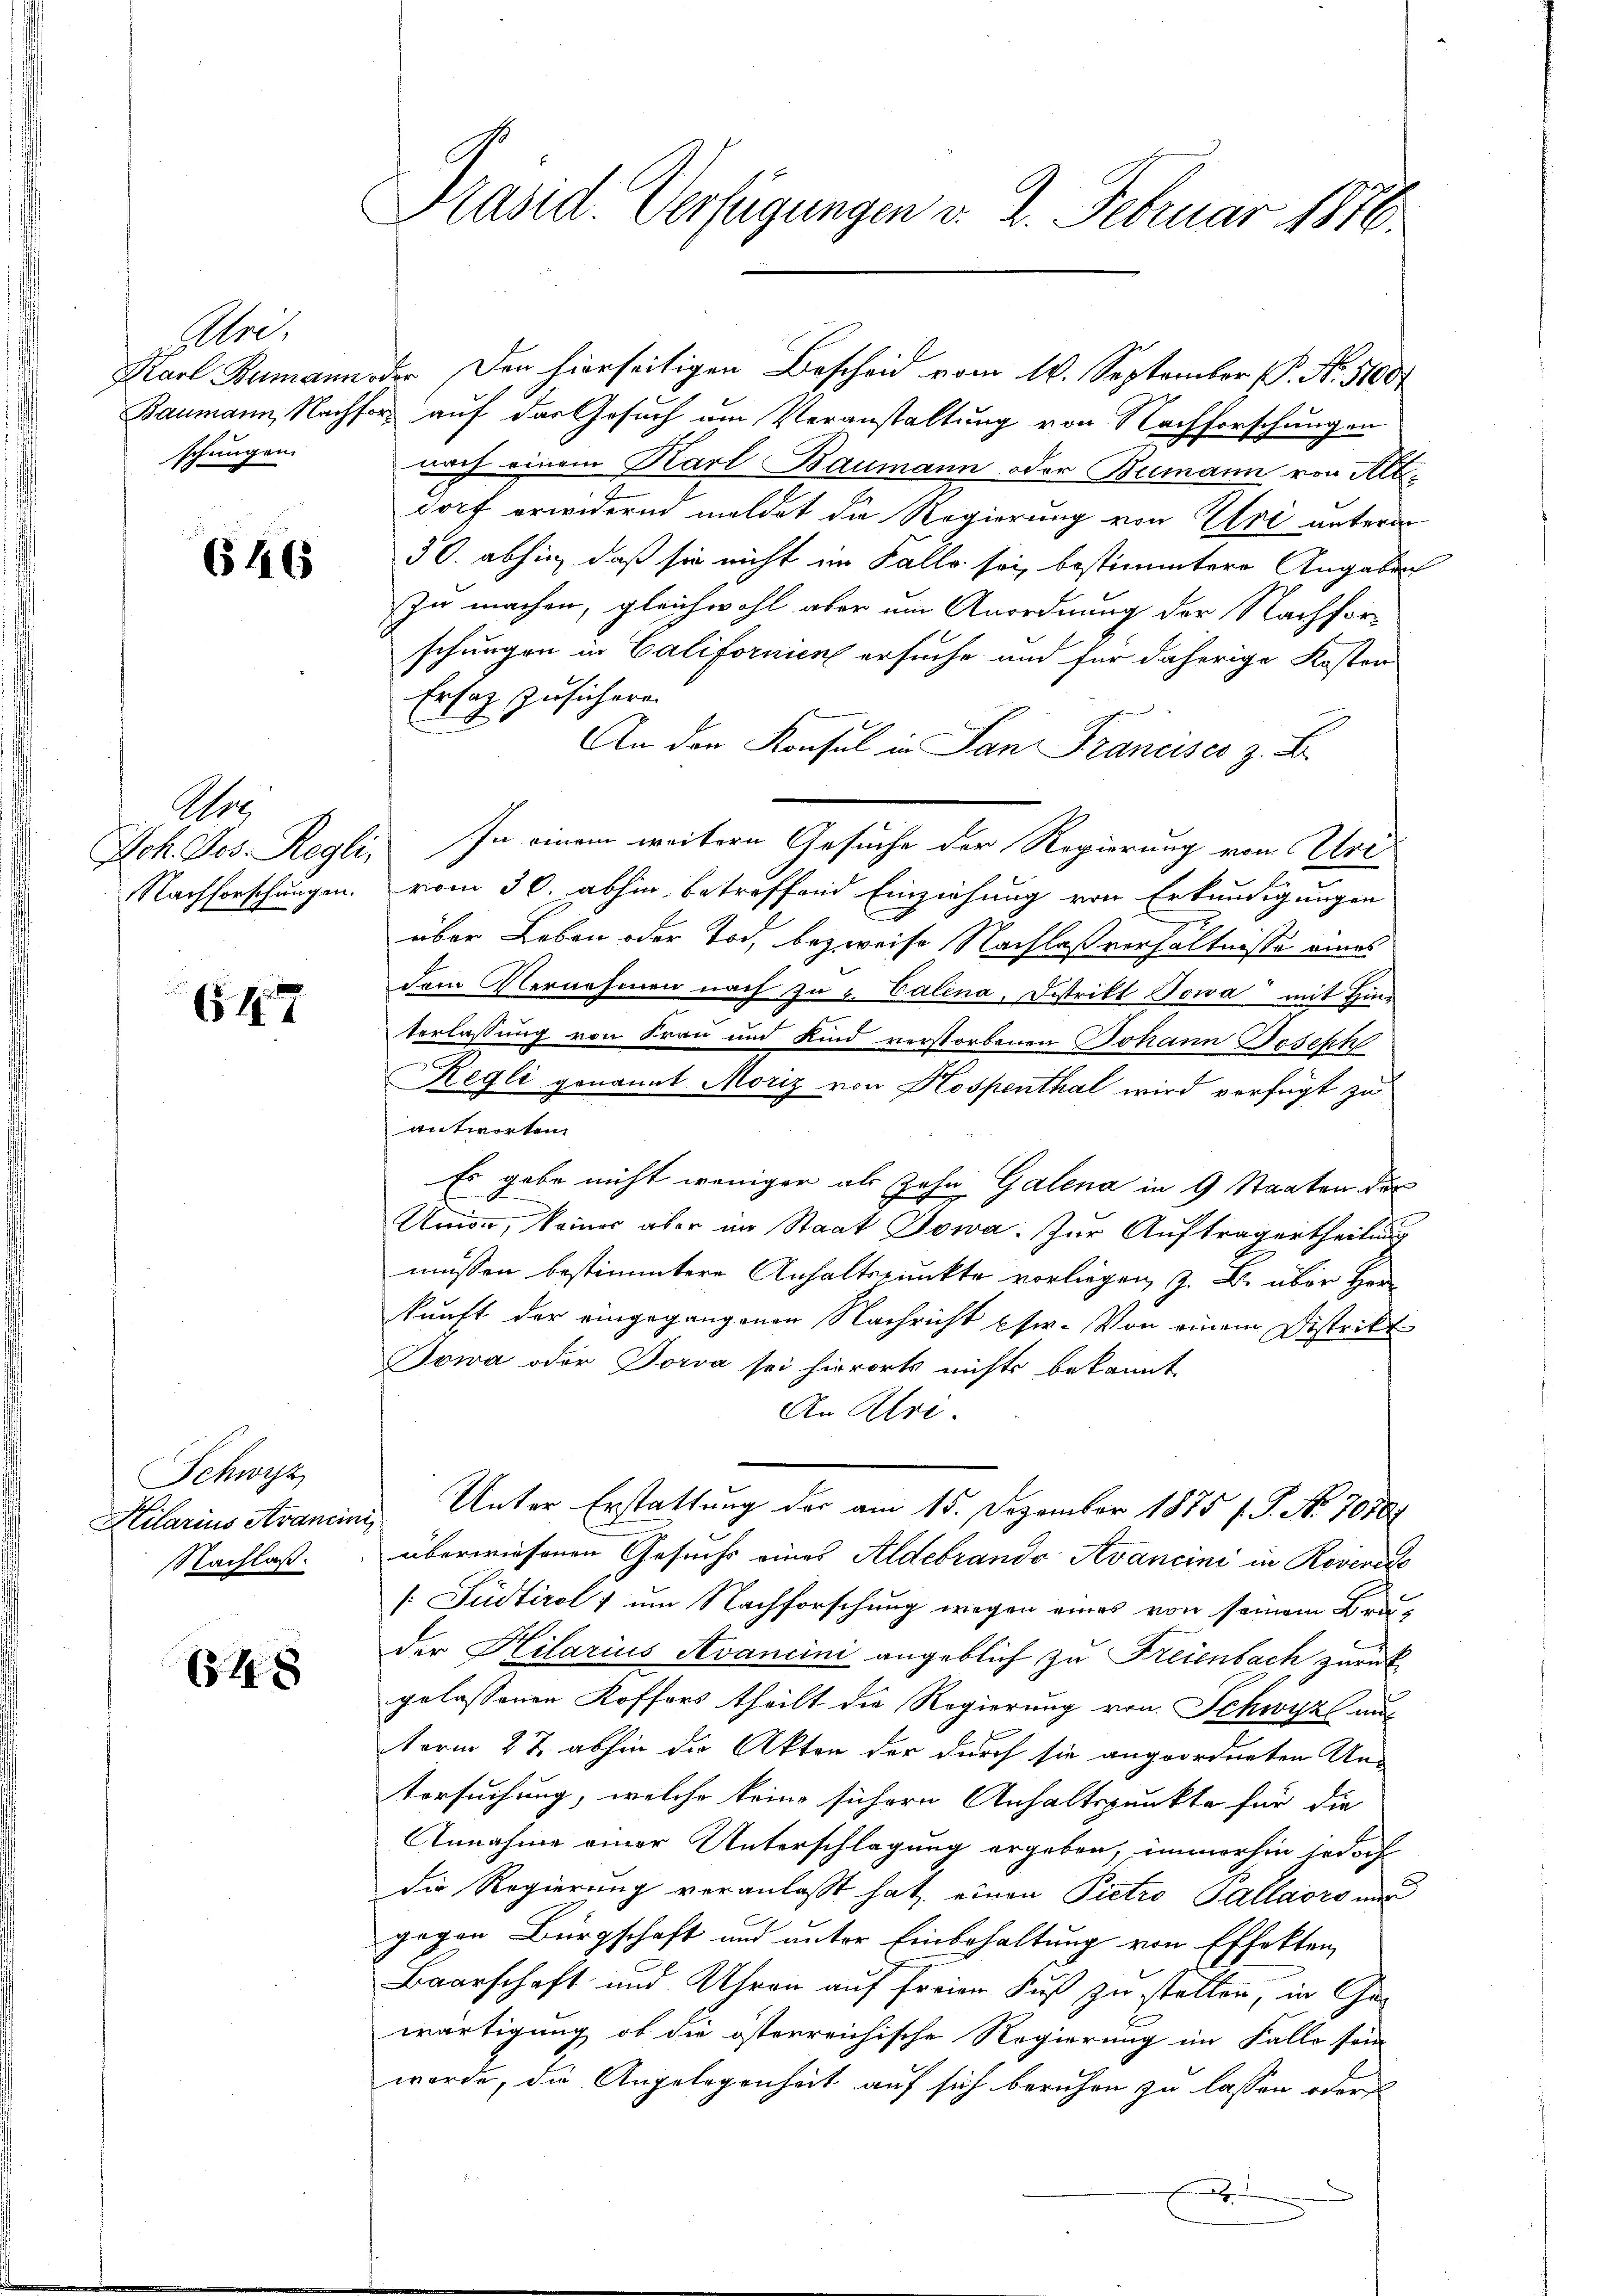
Alri.
schungen.

646

G.
Nachforschungen.

647

Schwyz
Kilarius Arancin
Nachlaß.

64 x

Präsid. Verfügungen d. 2. Februar 1876.

Karl Rumann oder Den hierseitigen Bescheid vom 16. September (P. Nr. 5100
Baumann, Nachfors auf der Gesuch um Veranstaltung von Nachforschungen
auch einem Karl Baumann oder Bumann von Altdorf erwidern mildet die Regierung von Uri unterde
30. abhin, daß sie nicht im Falle sei, bestimmtere Angaben
zu machen, gleichwohl aber um Anordnung der Nachforschungen in Californien ersuche und für daherige Kosten
Ersatz zusichern.
An der Konsul in San Francisco z. B.
Jch. Jos. Regli. In einem weitern Gesuche der Regierung vom Urt
vom 30. abhin betreffend Einziehung von Erkundigungen
über Leben oder Tod, bezweife Nachlaßverhältnisse eines
dem Vernehmen nach zu u. Valena, Distrikt Towa mit Hinterlassung von Frau und Kind verstorbenen Johann Joseph
Regli genannt Moriz von Kospenthal wird verfügt zu
antworten.
Es gabe nicht weniger als Zohn Galena in 9 Staaten der
2
Union, keiner aber im Staat Jowa: Zur Auftragertheilung
müssen bestimmtere Anhaltspunkte vorliegen, z. B. über Herkunft der eingegangenen Nachricht Eser. Von einem Distrikt
Jowa oder Dorva sei hierorts nichts bekannt
An Ulri
Unter Erstattung der am 15. Dezember 1875 f. G. No. 7010)
29
überwiesenen Gesuchs eines Aldebrando Avancini in Roveriss
[Jüdtirol um Nachforschung wegen eines von seinem Bra-
der Hilarius Avancini angeblich zu Freienbach zurück
gelassenen Koffers theilt die Regierung von Schwyz aus
term 27. abhin die Akten der durch sie angeordneten Un-
Versuchung, welche keine sichern Anhaltspunkte für die
Annahme einer Unterschlagung ergeben, immerhin jedoch
die Regierung veranlaßt hat, einen Pietro Pallaors nur
gegen Bürgschaft und unter Einbehaltung von Effekten,
Baarschaft und Uhren auf freien Fuß zu stellen, in Gewärtigung, ob die österreichische Regierung im Falle sein
werde, die Angelegenheit auf sich beruhen zu lassen werde
e